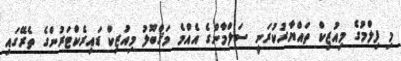
މި ފިލްމުގެ މިއުޒިކް ތައްޔާރުކުރަނީ ސަލްމާންގެ އެއްމެ މަޤްބޫލު މިއުޒިކް ޑައިރެކްޓަރުންގެ ތެރޭގައި